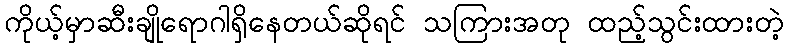
ကိုယ့်မှာဆီးချိုရောဂါရှိနေတယ်ဆိုရင် သကြားအတု ထည့်သွင်းထားတဲ့